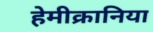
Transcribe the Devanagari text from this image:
हेमीक्रानिया